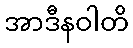
အာဒီနဝါတိ